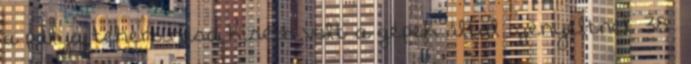
a pálya teherbírása kisebb volt a gépek által igényeltnél. 38